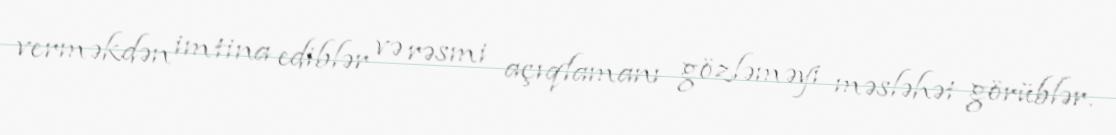
verməkdən imtina ediblər və rəsmi açıqlamanı gözləməyi məsləhət görüblər.